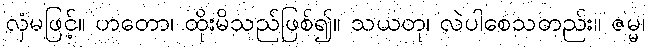
လှံမဖြင့်။ ဟတော၊ ထိုးမိသည်ဖြစ်၍။ သယတု၊ လဲပါစေသတည်း။ ဇမ္မ၊